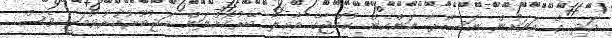
އަދި އެ އަވަށުން ނަސޯރާ އަންހެން ކުއްޖާގެ އާއިލާ ބޭރުކޮށްލަން މަޖުބޫރުކުރުވުމަކީ ވެސް